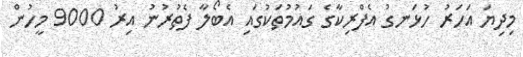
މިދިޔަ އަހަރު ހުޅަނގު އެފްރިކާގެ ގައުމުތަކުގައި އެބޯލާ ފެތުރުނު އިރު 9000 މީހުން